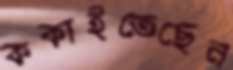
ককাইতেছেন